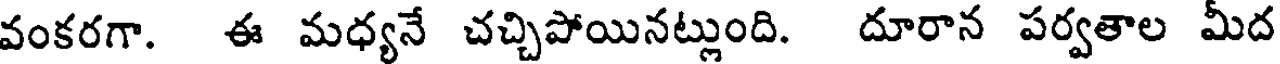
వంకరగా. ఈ మధ్యనే చచ్చిపోయినట్లుంది. దూరాన పర్వతాల మీద